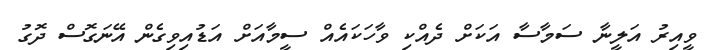
ވީއިރު އަލީނާ ސަމާސާ އަކަށް ދެއްކި ވާހަކައެއް ސީމާއަށް އަޑުއިވިގެން އޭނަގޮސް ދޮގު